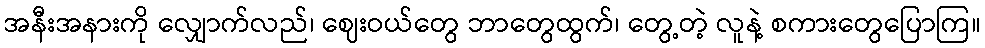
အနီးအနားကို လျှောက်လည်၊ ဈေးဝယ်တွေ ဘာတွေထွက်၊ တွေ့တဲ့ လူနဲ့ စကားတွေပြောကြ။